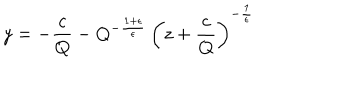
y = - \frac { c } { Q } - Q ^ { - \frac { 1 + \epsilon } { \epsilon } } \, \left( z + \frac { c } { Q } \right) ^ { - \frac { 1 } { \epsilon } }